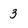
Character: 3